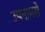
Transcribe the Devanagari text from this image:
उपनामसे